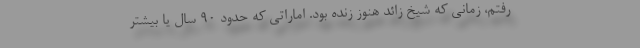
رفتم، زمانی که شیخ زائد هنوز زنده بود. اماراتی که حدود 90 سال یا بیشتر